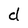
Character: d